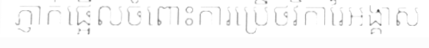
ភ្ញាក់ផ្អើលចំពោះការប្រើថវិការៃអង្គាស